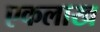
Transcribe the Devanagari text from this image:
एकलाख